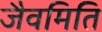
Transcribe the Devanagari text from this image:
जैवमिति